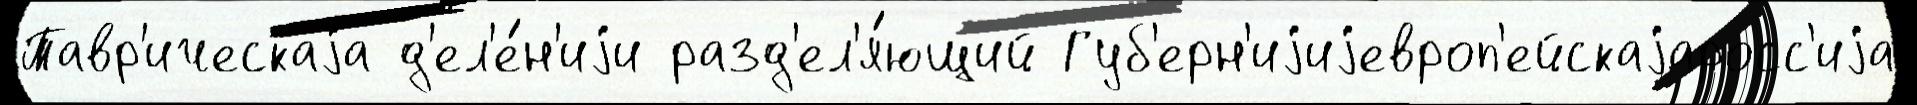
Тавр'ическаjа д'ел'е́н'иjи разд'ел'я́ющий Губ'ерн'иjиjевроп'ейскаjаросс'иjа